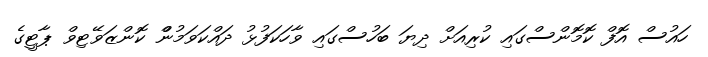
ހައުސް އޮފް ކޮމޮންސްގައި ކުރިއަށް ދިޔަ ބަހުސްގައި ވާހަކަފުޅު ދައްކަވަމުންް ކޮންޒަވޭޓިވް ޕާޓީގެ